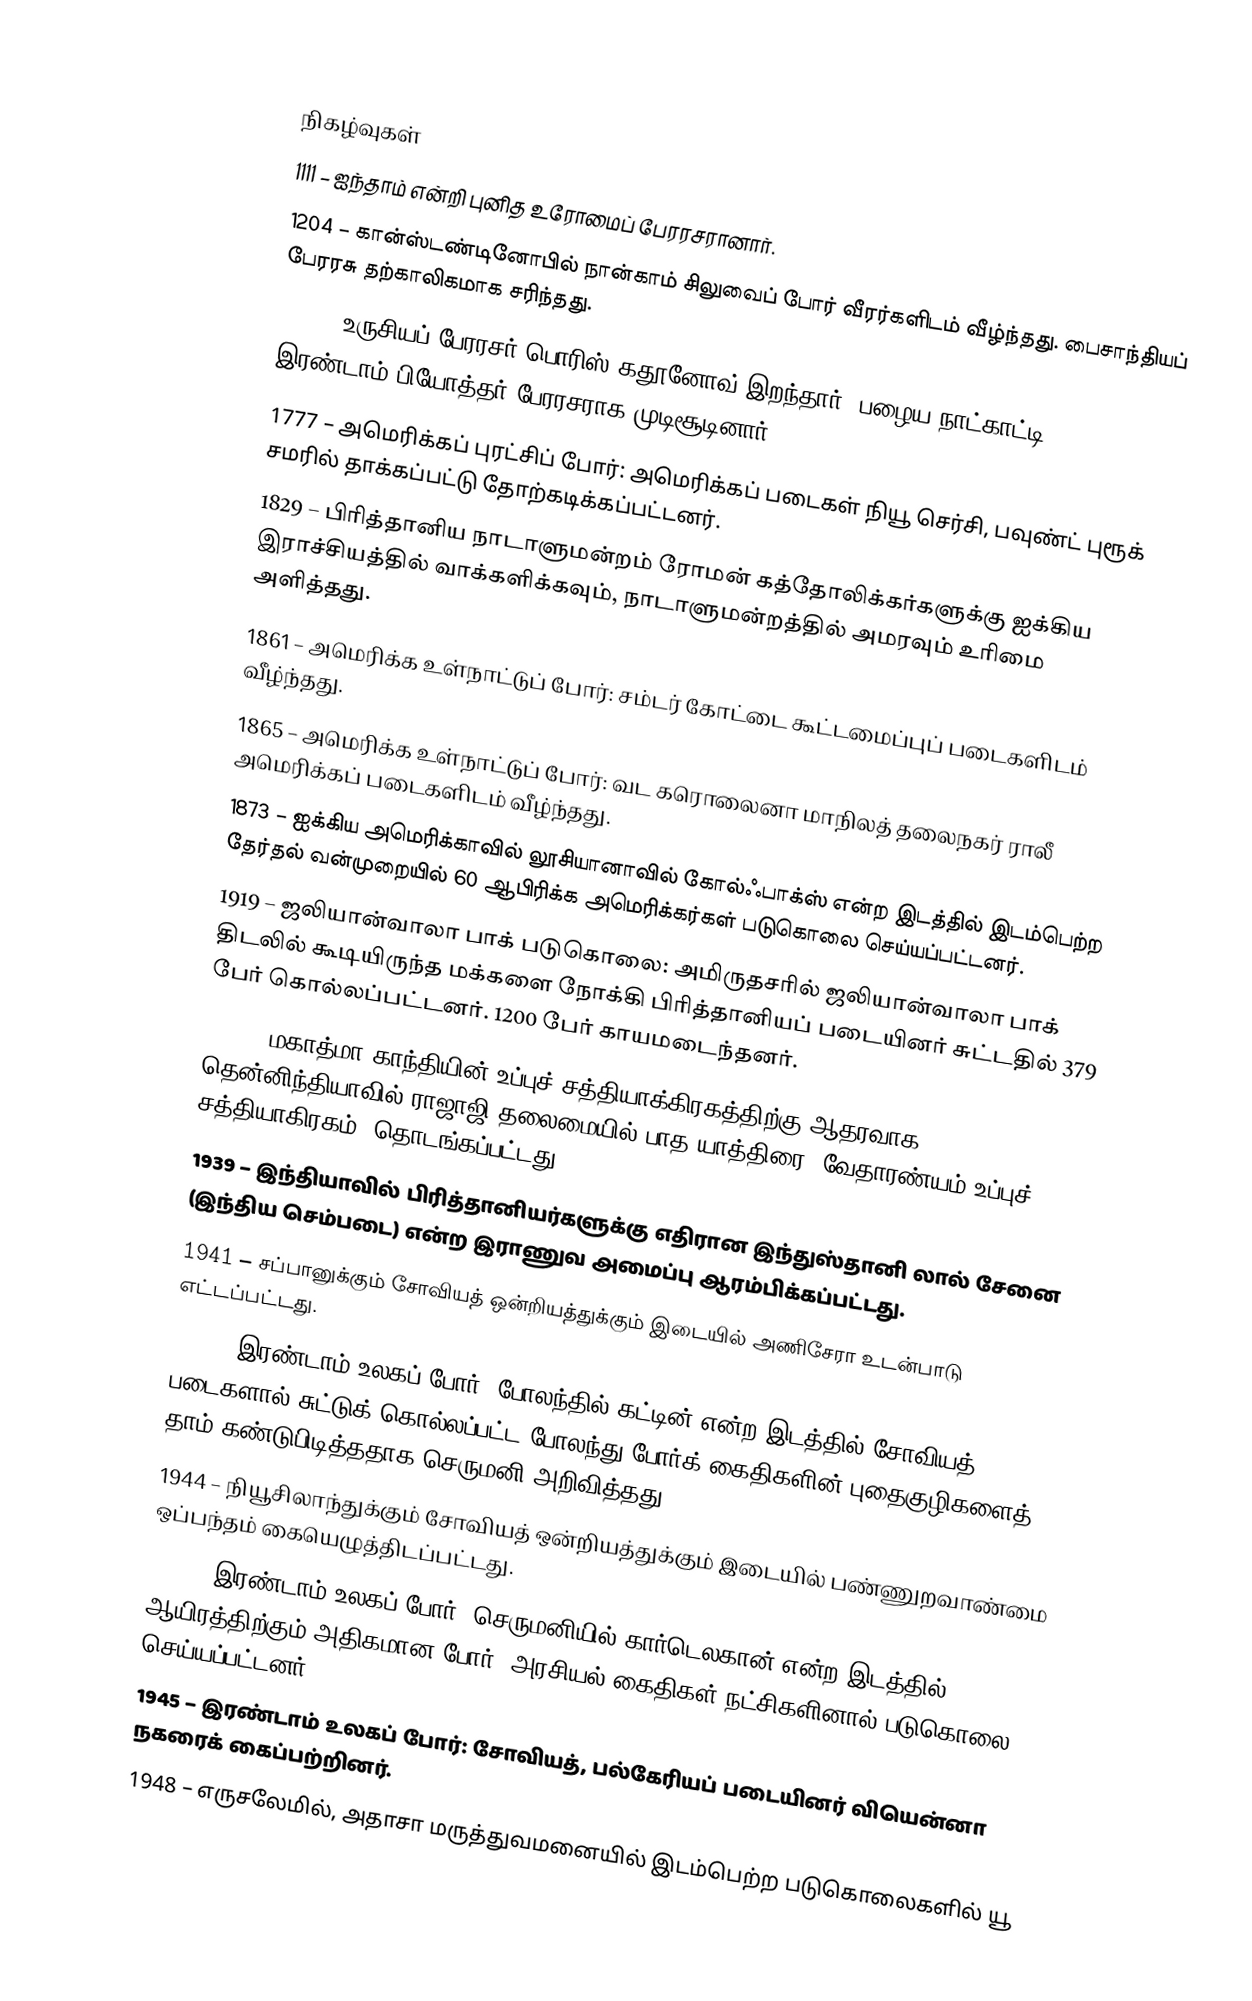

நிகழ்வுகள்
1111 – ஐந்தாம் என்றி புனித உரோமைப் பேரரசரானார்.
1204 – கான்ஸ்டண்டினோபில் நான்காம் சிலுவைப் போர் வீரர்களிடம் வீழ்ந்தது. பைசாந்தியப் பேரரசு தற்காலிகமாக சரிந்தது.
1605 – உருசியப் பேரரசர் பொரிஸ் கதூனோவ் இறந்தார் (பழைய நாட்காட்டி). இரண்டாம் பியோத்தர் பேரரசராக முடிசூடினார்.
1777 – அமெரிக்கப் புரட்சிப் போர்: அமெரிக்கப் படைகள் நியூ செர்சி, பவுண்ட் புரூக் சமரில் தாக்கப்பட்டு தோற்கடிக்கப்பட்டனர்.
1829 – பிரித்தானிய நாடாளுமன்றம் ரோமன் கத்தோலிக்கர்களுக்கு ஐக்கிய இராச்சியத்தில் வாக்களிக்கவும், நாடாளுமன்றத்தில் அமரவும் உரிமை அளித்தது.
1861 – அமெரிக்க உள்நாட்டுப் போர்: சம்டர் கோட்டை கூட்டமைப்புப் படைகளிடம் வீழ்ந்தது.
1865 – அமெரிக்க உள்நாட்டுப் போர்: வட கரொலைனா மாநிலத் தலைநகர் ராலீ அமெரிக்கப் படைகளிடம் வீழ்ந்தது.
1873 – ஐக்கிய அமெரிக்காவில் லூசியானாவில் கோல்ஃபாக்ஸ் என்ற இடத்தில் இடம்பெற்ற தேர்தல் வன்முறையில் 60 ஆபிரிக்க அமெரிக்கர்கள் படுகொலை செய்யப்பட்டனர்.
1919 – ஜலியான்வாலா பாக் படுகொலை: அமிருதசரில் ஜலியான்வாலா பாக் திடலில் கூடியிருந்த மக்களை நோக்கி பிரித்தானியப் படையினர் சுட்டதில் 379 பேர் கொல்லப்பட்டனர். 1200 பேர் காயமடைந்தனர்.
1930 – மகாத்மா காந்தியின் உப்புச் சத்தியாக்கிரகத்திற்கு ஆதரவாக தென்னிந்தியாவில் ராஜாஜி தலைமையில் பாத யாத்திரை (வேதாரண்யம் உப்புச் சத்தியாகிரகம்) தொடங்கப்பட்டது.
1939 – இந்தியாவில் பிரித்தானியர்களுக்கு எதிரான இந்துஸ்தானி லால் சேனை (இந்திய செம்படை) என்ற இராணுவ அமைப்பு ஆரம்பிக்கப்பட்டது.
1941 – சப்பானுக்கும் சோவியத் ஒன்றியத்துக்கும் இடையில் அணிசேரா உடன்பாடு எட்டப்பட்டது.
1943 – இரண்டாம் உலகப் போர்: போலந்தில் கட்டின் என்ற இடத்தில் சோவியத் படைகளால் சுட்டுக் கொல்லப்பட்ட போலந்து போர்க் கைதிகளின் புதைகுழிகளைத் தாம் கண்டுபிடித்ததாக செருமனி அறிவித்தது.
1944 – நியூசிலாந்துக்கும் சோவியத் ஒன்றியத்துக்கும் இடையில் பண்ணுறவாண்மை ஒப்பந்தம் கையெழுத்திடப்பட்டது.
1945 – இரண்டாம் உலகப் போர்: செருமனியில் கார்டெலகான் என்ற இடத்தில் ஆயிரத்திற்கும் அதிகமான போர், அரசியல் கைதிகள் நட்சிகளினால் படுகொலை செய்யப்பட்டனர்.
1945 – இரண்டாம் உலகப் போர்: சோவியத், பல்கேரியப் படையினர் வியென்னா நகரைக் கைப்பற்றினர்.
1948 – எருசலேமில், அதாசா மருத்துவமனையில் இடம்பெற்ற படுகொலைகளில் யூ